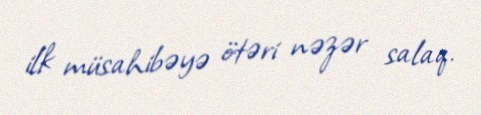
ilk müsahibəyə ötəri nəzər salaq.